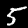
Label: 5